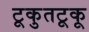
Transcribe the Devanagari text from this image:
टूकुतटूकू